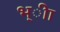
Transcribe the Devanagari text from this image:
भ्ीा